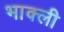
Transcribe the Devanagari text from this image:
भाक्ली